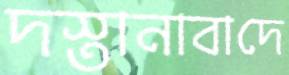
দস্তানাবাদে